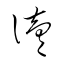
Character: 讀